Maali_päevik, lk 427
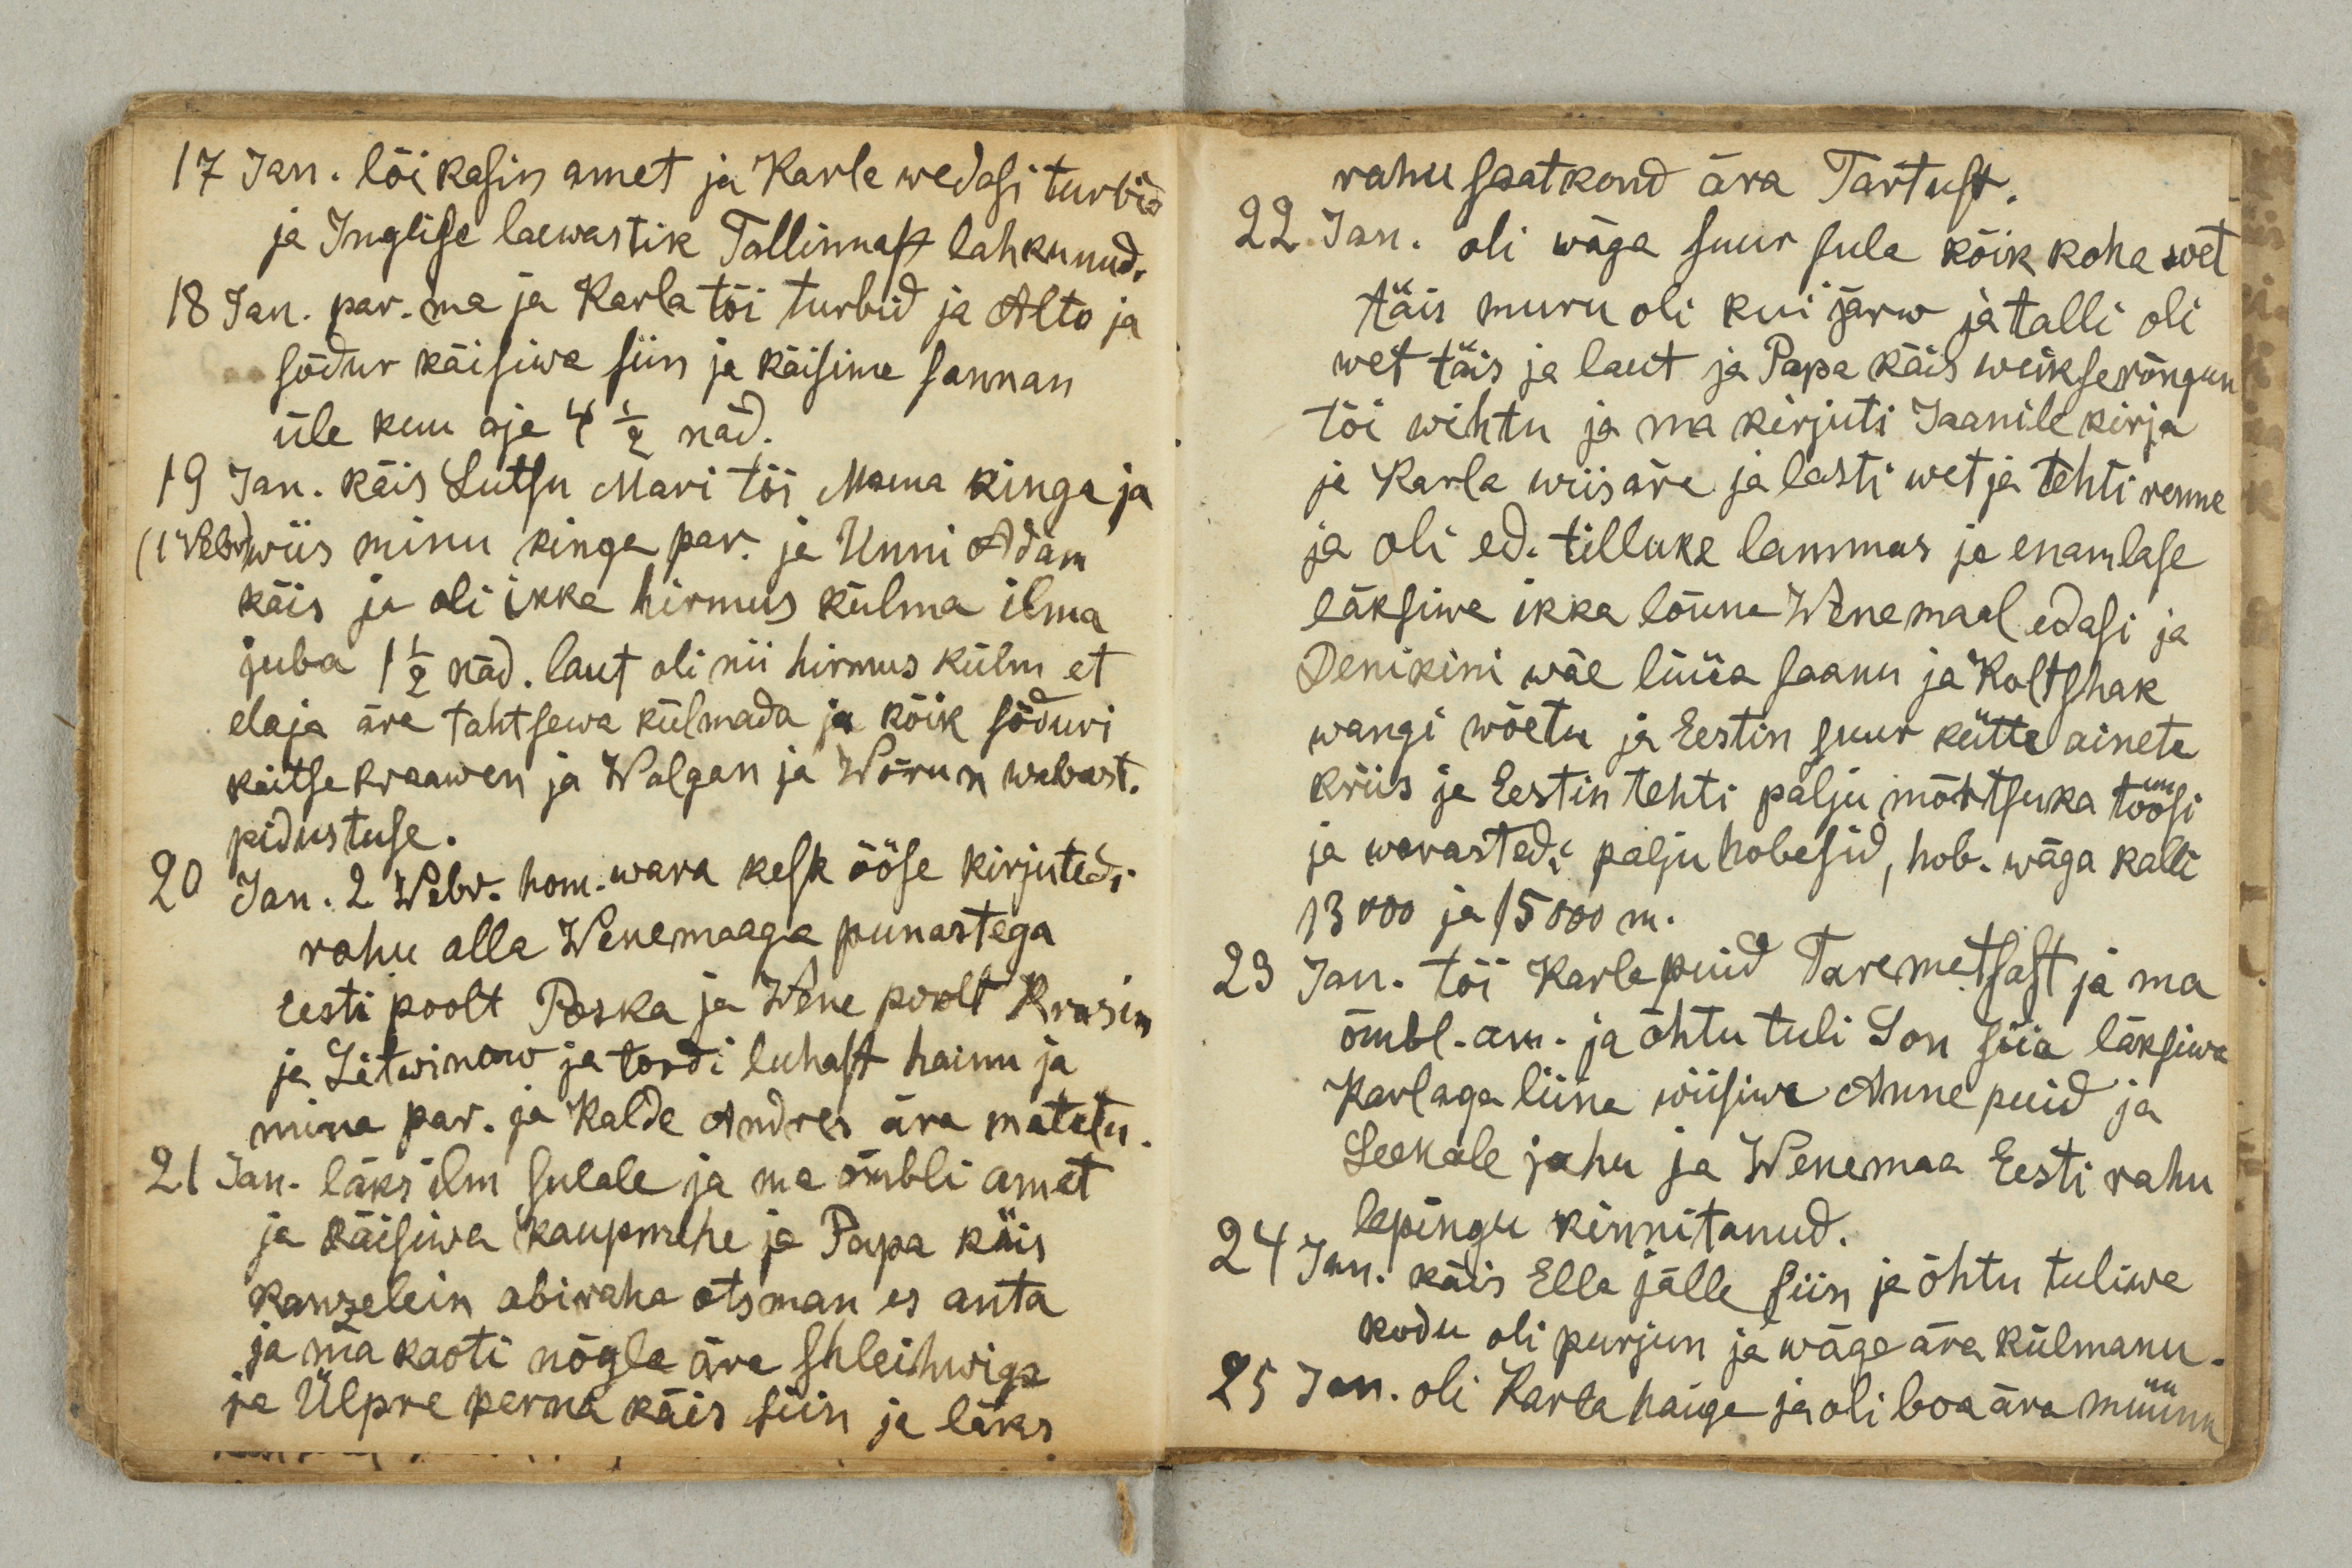
17 Jan. lõikasin amet ja Karla wedasi turbid
ja Inglise laewastik Tallinnast lahkunud.
18 Jan. par. ma ja Karla tõi turbid ja Alto ja
sõdur käisiwa siin ja käisime sannan
üle kuu aja 4 ½ näd.
19 Jan. käis Lutsu Mari tõi Mama kinga ja
(1 Vebr) wiis minu kinga par. ja Unni Adam
käis ja oli ikka hirmus külma ilma
juba 1 ½ näd. laut oli nii hirmus külm et
elaja ära tahtsewa külmada ja kõik sõduri
kaitse kraawen ja Walgan ja Wõrun wabast.
pidustuse.
20 Jan. 2 Webr. hom. wara kesk ööse kirjutedi
rahu alla Wenemaaga punastega
Eesti poolt Poska ja Wene poolt Krasin
ja Litwinow ja toodi luhast hainu ja
mina par. ja Kalde Andres ära matetu.
21 Jan. läks ilm sulale ja ma õmbli amet
ja käisiwa kaupmehe ja Papa käis
kanzelein abiraha otsman es anta
ja ma kaoti nõgla ära shleihwiga
ja Ülpre perna käis siin ja läks

rahu saatkond ära Tartust.
22 Jan. oli wäga suur sula kõik koha wet
täis muru oli kui järw ja talli oli
wet täis ja laut ja Papa käis weikserõngun
tõi wihtu ja ma kirjuti Jaanile kirja
ja Karla wiis ära ja lasti wet ja tehti renne
ja oli ed. tilluke lammas ja enamlase
läksiwa ikka lõuna Wenemaal edasi ja
Denikini wäe lüüa saanu ja Kostshak
wangi wõetu ja Eestin suur kütte ainete
kriis ja Eestin tehti palju mõrtsuka töösi
ja warastedi palju hobesid, hob. wäga kalli
13000 ja 15000 m.
23 Jan. tõi Karla puid Taremetsast ja ma
õmbl. am. ja õhtu tuli Son siia läksiwa
Karlaga liina wiisiwa Anne puid ja
ja Leenale jahu ja Wenemaa Eesti rahu
lepingu kinnitanud.
24 Jan. käis Ella jälle siin ja õhtu tuliwa
kodu oli purjun ja wäga ära külmanu.
25 Jan. oli Karla haige ja oli boa ära müünu